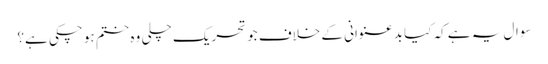
سوال یہ ہے کہ کیا بدعنوانی کے خلاف جو تحریک چلی وہ ختم ہو چکی ہے؟